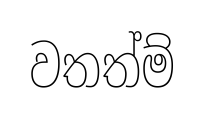
වතත්ම්